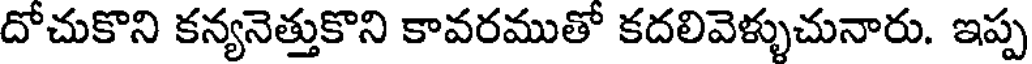
దోచుకొని కన్యనెత్తుకొని కావరముతో కదలివెళ్ళుచునారు. ఇప్ప